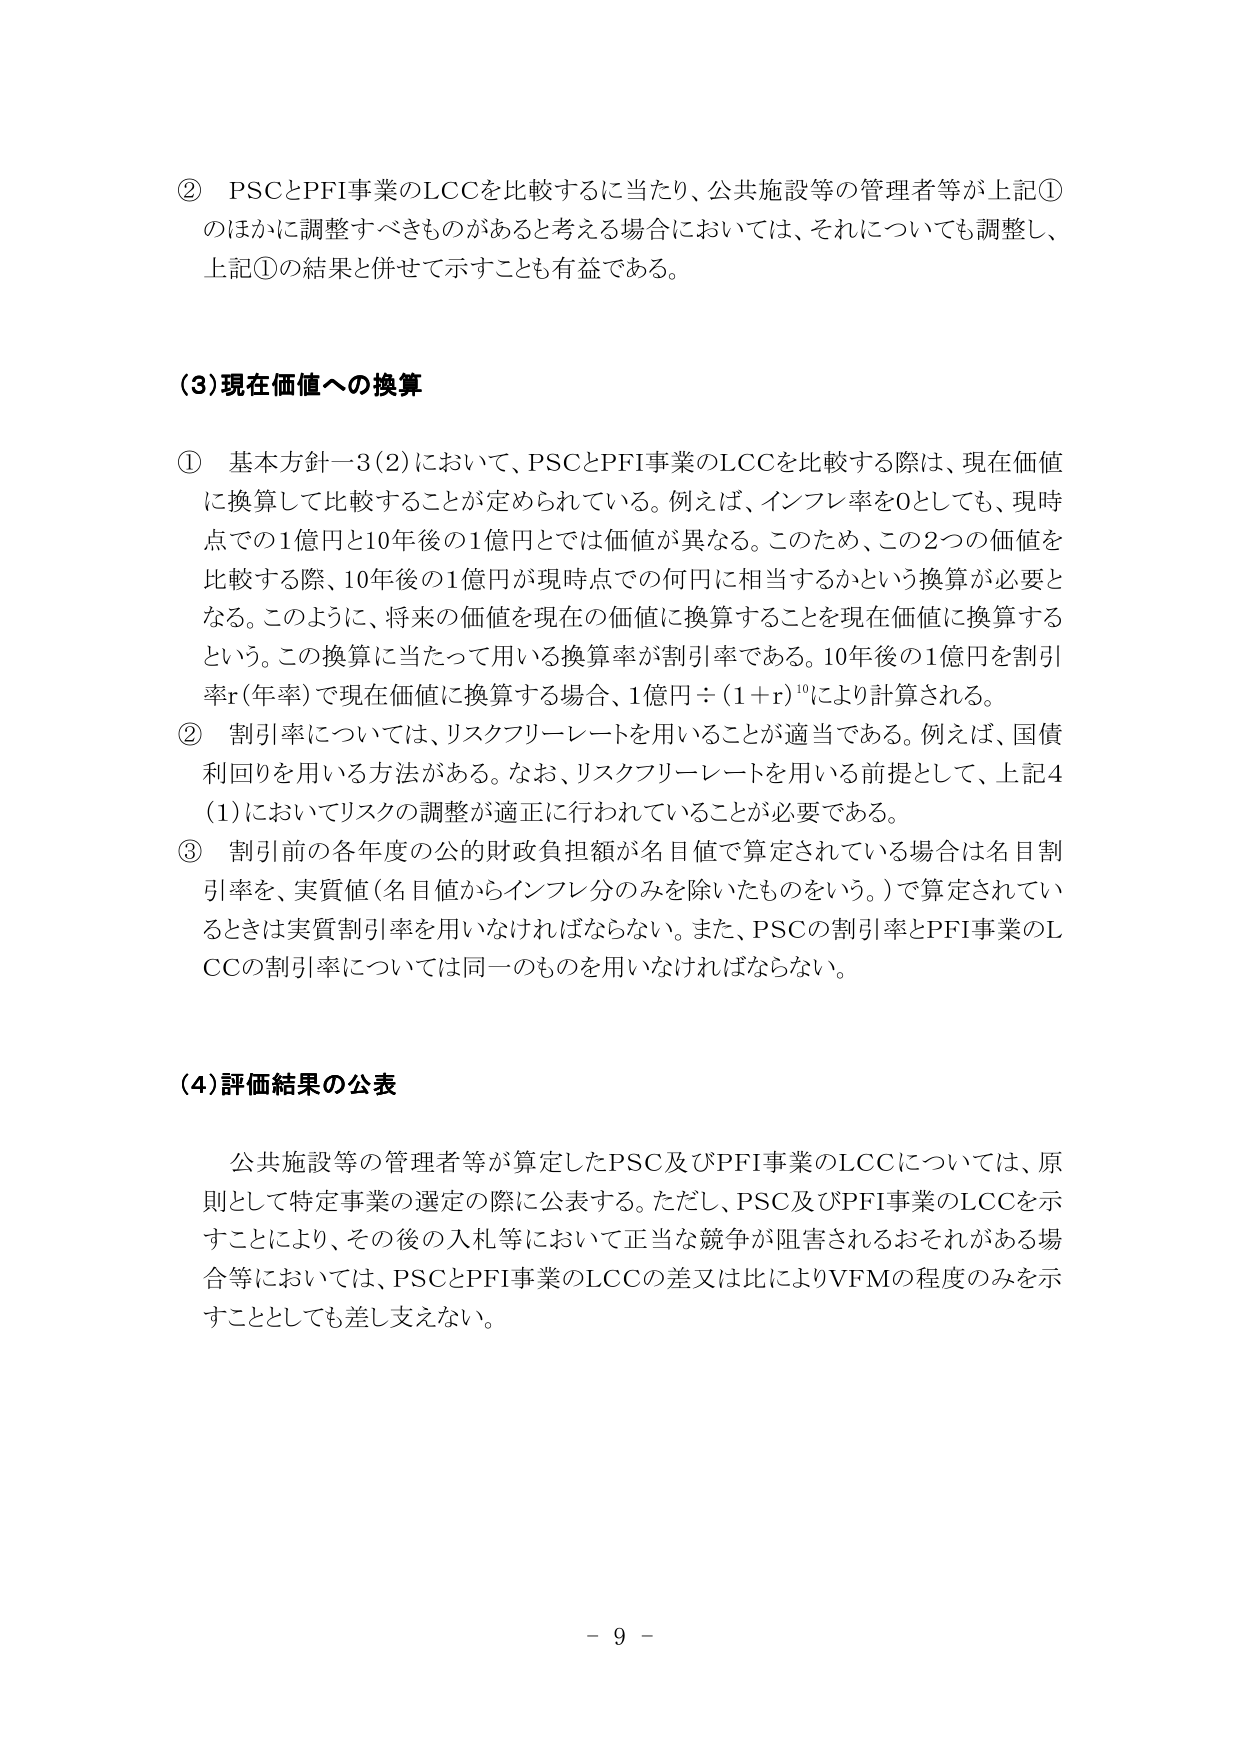
② PSCとPFI事業のLCCを比較するに当たり、公共施設等の管理者等が上記①のほかに調整すべきものがあると考える場合においては、それについても調整し、上記①の結果と併せて示すことも有益である。

(3)現在価値への換算

① 基本方針－3(2)において、PSCとPFI事業のLCCを比較する際は、現在価値に換算して比較することが定められている。例えば、インフレ率を0としても、現時点での1億円と10年後の1億円とでは価値が異なる。このため、この2つの価値を比較する際、10年後の1億円が現時点での何円に相当するかという換算が必要となる。このように、将来の価値を現在の価値に換算することを現在価値に換算するという。この換算に当たって用いる換算率が割引率である。10年後の1億円を割引率r(年率)で現在価値に換算する場合、1億円÷(1＋r)¹⁰により計算される。

② 割引率については、リスクフリーレートを用いることが適当である。例えば、国債利回りを用いる方法がある。なお、リスクフリーレートを用いる前提として、上記4(1)においてリスクの調整が適正に行われていることが必要である。

③ 割引前の各年度の公的財政負担額が名目値で算定されている場合は名目割引率を、実質値(名目値からインフレ分のみを除いたものをいう。)で算定されているときは実質割引率を用いなければならない。また、PSCの割引率とPFI事業のLCCの割引率については同一のものを用いなければならない。

(4)評価結果の公表

公共施設等の管理者等が算定したPSC及びPFI事業のLCCについては、原則として特定事業の選定の際に公表する。ただし、PSC及びPFI事業のLCCを示すことにより、その後の入札等において正当な競争が阻害されるおそれがある場合等においては、PSCとPFI事業のLCCの差又は比によりVFMの程度のみを示すこととしても差し支えない。

－ 9 －